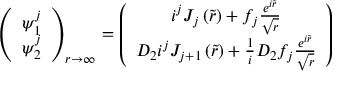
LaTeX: \left( \begin{array} { c } { { \psi _ { 1 } ^ { j } } } \\ { { \psi _ { 2 } ^ { j } } } \end{array} \right) _ { r \to \infty } = \left( \begin{array} { c } { { i ^ { j } J _ { j } \left( \tilde { r } \right) + f _ { j } \frac { e ^ { i \tilde { r } } } { \sqrt { r } } } } \\ { { D _ { 2 } i ^ { j } J _ { j + 1 } \left( \tilde { r } \right) + \frac { 1 } { i } D _ { 2 } f _ { j } \frac { e ^ { i \tilde { r } } } { \sqrt { r } } } } \end{array} \right)